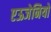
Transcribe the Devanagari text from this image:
एऊजेनियो